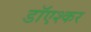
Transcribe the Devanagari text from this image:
डाॅएश्कर